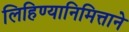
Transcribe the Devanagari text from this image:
लिहिण्यानिमित्ताने